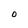
Character: 0